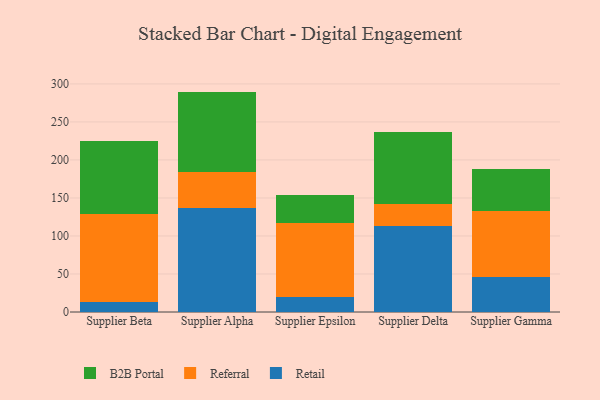
{"axis": {"x": "Supplier", "y": "LTV (USD)"}, "legend": ["B2B Portal", "Referral", "Retail"], "data": [{"x": "Supplier Beta", "y": 12.9, "type": "Retail"}, {"x": "Supplier Beta", "y": 115.5, "type": "Referral"}, {"x": "Supplier Beta", "y": 95.9, "type": "B2B Portal"}, {"x": "Supplier Alpha", "y": 137.3, "type": "Retail"}, {"x": "Supplier Alpha", "y": 46.7, "type": "Referral"}, {"x": "Supplier Alpha", "y": 105.9, "type": "B2B Portal"}, {"x": "Supplier Epsilon", "y": 19.2, "type": "Retail"}, {"x": "Supplier Epsilon", "y": 98.2, "type": "Referral"}, {"x": "Supplier Epsilon", "y": 37.1, "type": "B2B Portal"}, {"x": "Supplier Delta", "y": 113.1, "type": "Retail"}, {"x": "Supplier Delta", "y": 29.6, "type": "Referral"}, {"x": "Supplier Delta", "y": 94.0, "type": "B2B Portal"}, {"x": "Supplier Gamma", "y": 46.4, "type": "Retail"}, {"x": "Supplier Gamma", "y": 86.6, "type": "Referral"}, {"x": "Supplier Gamma", "y": 54.5, "type": "B2B Portal"}]}